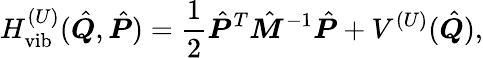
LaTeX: H_{\textrm{vib}}^{(U)}(\hat{\boldsymbol{Q}},\hat{\boldsymbol{P}})=\frac{1}{2}\hat{\boldsymbol{P}}^{T}\hat{\boldsymbol{M}}^{-1}\hat{\boldsymbol{P}}+V^{(U)}(\hat{\boldsymbol{Q}}),